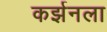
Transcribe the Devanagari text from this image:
कर्झनला